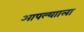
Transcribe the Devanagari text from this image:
आपल्यााला